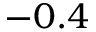
- 0 . 4